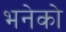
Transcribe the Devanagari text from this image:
भनेको